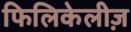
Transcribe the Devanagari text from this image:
फिलिकेलीज़